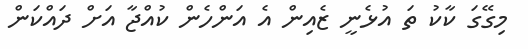
މިގޭގަ ކާކު ތަ އުޅެނީ ޒެއިން އެ އަންހެން ކުއްޖާ އަށް ދައްކަން